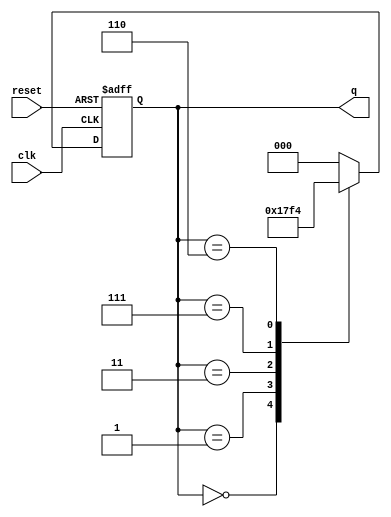
module modified_johnson_counter (
    input wire clk,        // Clock input
    input wire reset,      // Asynchronous reset input
    output reg [2:0] q     // 3-bit output representing the counter state
);

// Always block triggered on the rising edge of the clock or on reset
always @(posedge clk or posedge reset) begin
    if (reset) begin
        // Initialize the counter to 000 on reset
        q <= 3'b000;
    end else begin
        // Modified Johnson Counter Logic
        // The first flip-flop takes the inverted output of the last flip-flop
        // The subsequent flip-flops take the output of the previous flip-flop
        case (q)
            3'b000: q <= 3'b001; // State 0
            3'b001: q <= 3'b011; // State 1
            3'b011: q <= 3'b111; // State 2
            3'b111: q <= 3'b110; // State 3
            3'b110: q <= 3'b100; // State 4
            3'b100: q <= 3'b000; // State 5 (back to State 0)
            default: q <= 3'b000; // Safety fallback
        endcase
    end
end

endmodule